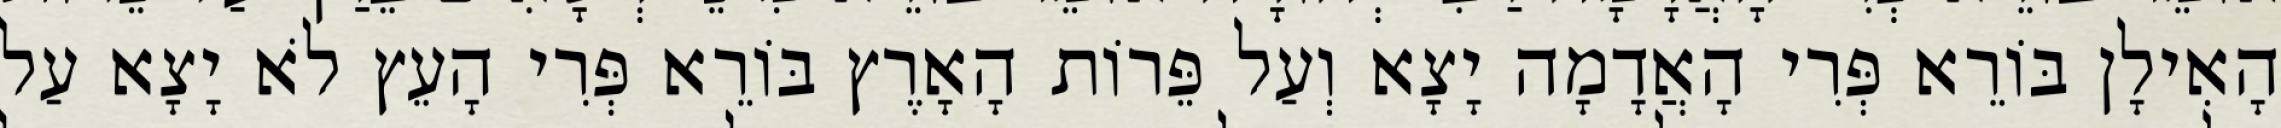
הָאִילָן בּוֹרֵא פְּרִי הָאֲדָמָה יָצָא וְעַל פֵּרוֹת הָאָרֶץ בּוֹרֵא פְּרִי הָעֵץ לֹא יָצָא עַל